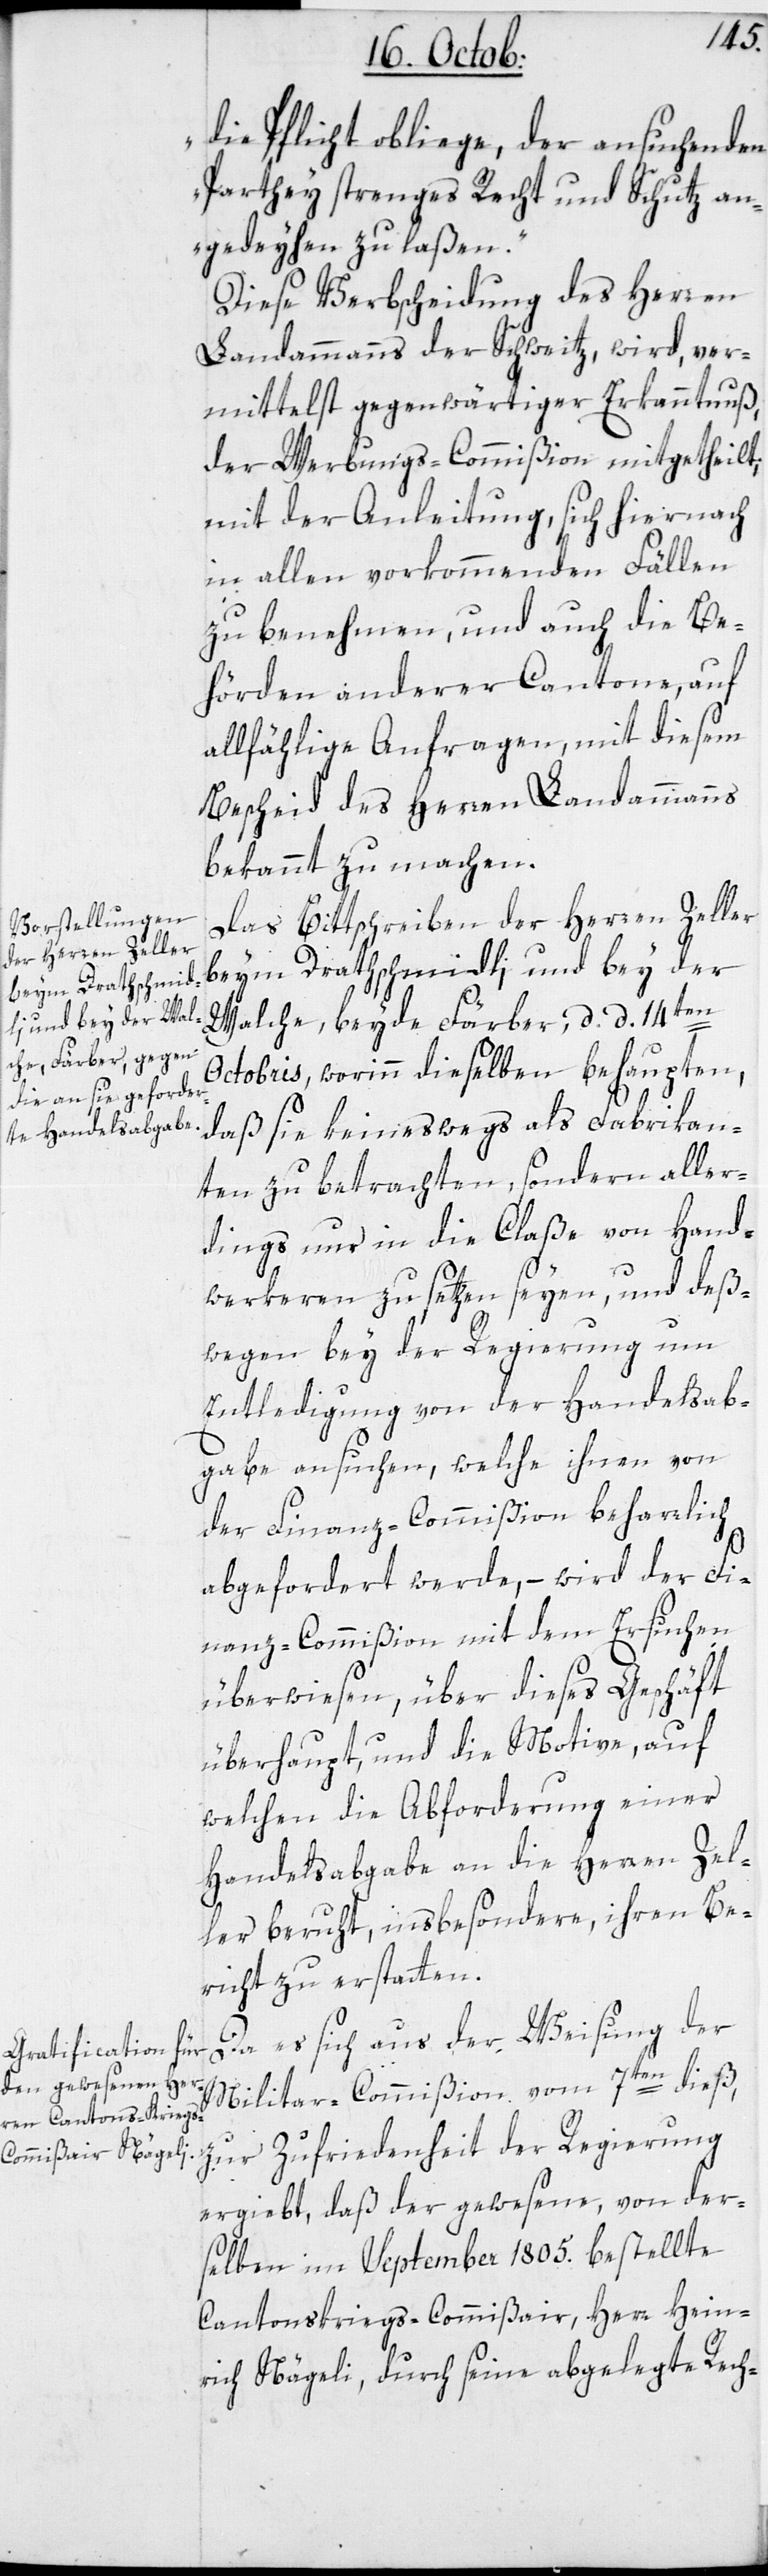
die Pflicht obliege, der ansuchenden
Parthey strenges Recht und Schutz an¬
gedeihen zu laßen“.
Diese Verbscheidung des Herren
Landammanns der Schweitz wird, ver¬
mittelst gegenwärtiger Erkanntnuß,
der Werbungs-Commißion mitgetheilt,
mit der Anleitung, sich hiernach
in allen vorkommenden Fällen
zu benehmen, und auch die Be¬
hörden anderer Cantone, auf
allfählige Anfragen, mit diesem
Bescheid des Herren Landammanns
bekannt zu machen.
Das Bittschreiben der Herren Zeller
beym Drathschmidli, und bey der
Walche, beyde Färber, d. d. 14ten
Octobris, worinn dieselben behaupten,
daß sie keineswegs als Fabrikan¬
ten zu betrachten, sondern aller¬
dings nur in die Claße von Hand¬
werkeren zu setzen seyen, und deß¬
wegen bey der Regierung um
Entledigung von der Handelsab¬
gabe ansuchen, welche ihnen von
der Finanz-Commißion beharrlich
abgefordert werde, – wird der Fi¬
nanz-Commißion mit dem Ersuchen
überwiesen, über dieses Geschäft
überhaupt, und die Motive, auf
welchen die Abforderung einer
Handelsabgabe an die Herren Zel¬
ler beruht, insbesondere ihren Be¬
richt zu erstatten.
Da es sich aus der Weisung der
Militar-Commißion vom 7ten dieß,
zur Zufriedenheit der Regierung
ergiebt, daß der gewesene, von der¬
selben im September 1805. bestellte
Cantonskriegs-Commißair, Herr Hein¬
rich Nägeli, durch seine abgelegte Rech-